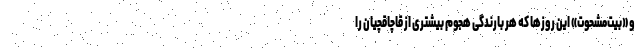
و «بیت‌مشحوت»ِ این روزها که هر بارندگی هجوم بیشتری از قاچاقچیان را